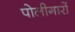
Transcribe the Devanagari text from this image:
पोलीगारों